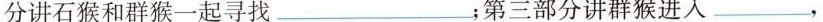
分讲石猴和群猴一起寻找___；第三部分讲群猴进入___，